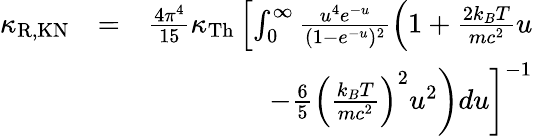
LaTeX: \begin{array}{rlr}{\kappa_{\mathrm{R,KN}}}&{=}&{\frac{4\pi^{4}}{15}\kappa_{\mathrm{Th}}\left[\int_{0}^{\infty}\frac{u^{4}e^{-u}}{(1-e^{-u})^{2}}\left(1+\frac{2k_{B}T}{mc^{2}}u\right.\right.}\\ &{}&{\left.\left.-\frac{6}{5}\left(\frac{k_{B}T}{mc^{2}}\right)^{2}u^{2}\right)du\right]^{-1}}\end{array}